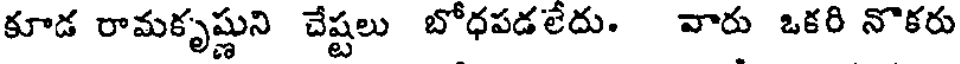
కూడ రామకృష్ణుని చేష్టలు బోధపడలేదు. వారు ఒకరి నొకరు